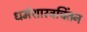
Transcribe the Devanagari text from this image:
धर्मशास्त्रचिंतन